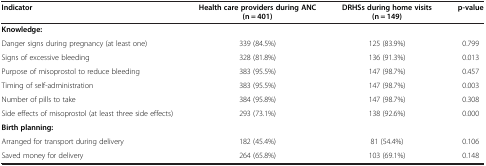
<table><thead><tr><td><b>Indicator</b></td><td><b>Health care providers during ANC (n = 401)</b></td><td><b>DRHSs during home visits (n = 149)</b></td><td><b>p-value</b></td></tr></thead><tbody><tr><td><b>Knowledge:</b></td><td> </td><td> </td><td> </td></tr><tr><td>Danger signs during pregnancy (at least one)</td><td>339 (84.5%)</td><td>125 (83.9%)</td><td>0.799</td></tr><tr><td>Signs of excessive bleeding</td><td>328 (81.8%)</td><td>136 (91.3%)</td><td>0.013</td></tr><tr><td>Purpose of misoprostol to reduce bleeding</td><td>383 (95.5%)</td><td>147 (98.7%)</td><td>0.457</td></tr><tr><td>Timing of self-administration</td><td>383 (95.5%)</td><td>147 (98.7%)</td><td>0.003</td></tr><tr><td>Number of pills to take</td><td>384 (95.8%)</td><td>147 (98.7%)</td><td>0.308</td></tr><tr><td>Side effects of misoprostol (at least three side effects)</td><td>293 (73.1%)</td><td>138 (92.6%)</td><td>0.000</td></tr><tr><td><b>Birth planning:</b></td><td> </td><td> </td><td> </td></tr><tr><td>Arranged for transport during delivery</td><td>182 (45.4%)</td><td>81 (54.4%)</td><td>0.106</td></tr><tr><td>Saved money for delivery</td><td>264 (65.8%)</td><td>103 (69.1%)</td><td>0.148</td></tr></tbody></table>